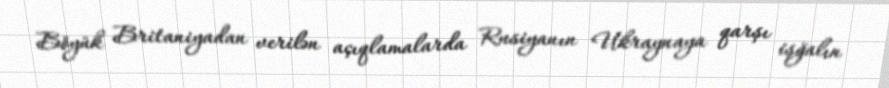
Böyük Britaniyadan verilən açıqlamalarda Rusiyanın Ukraynaya qarşı işğalın